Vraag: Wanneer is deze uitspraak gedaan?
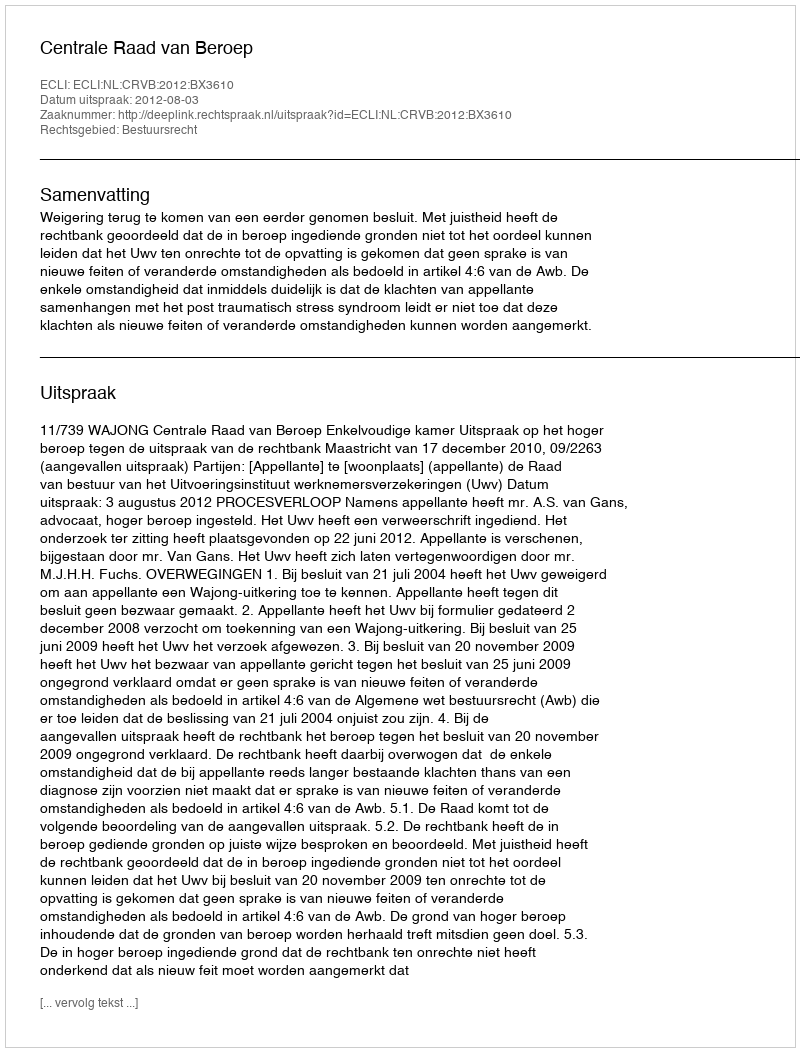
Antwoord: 2012-08-03